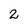
Character: 2